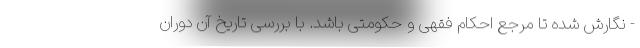
- نگارش شده تا مرجع احکام فقهی و حکومتی باشد. با بررسی تاریخ آن دوران